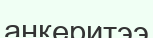
анкеритээ